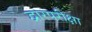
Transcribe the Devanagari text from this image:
द्वारपरीक्षा